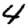
Digit: 4